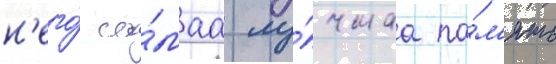
н'его́ са́маа лу́чшаа па́м'ять